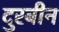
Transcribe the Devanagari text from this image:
दुरबीन